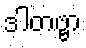
ဒါတဗ္ဗာ